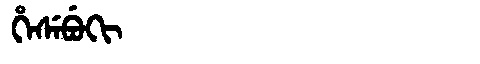
Manchu: ᡥᡝᠰᡝᠪᡠᡴᡳ
Romanization: HESEBUKI